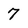
Character: 7